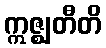
ဣဇ္ဈတီတိ